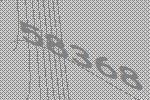
58368